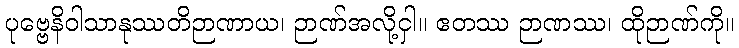
ပုဗ္ဗေနိဝါသာနုဿတိဉာဏာယ၊ ဉာဏ်အလို့ငှါ။ ဧတဿ ဉာဏဿ၊ ထိုဉာဏ်ကို။